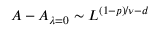
A - A _ { \lambda = 0 } \sim L ^ { ( 1 - p ) / \nu - d }